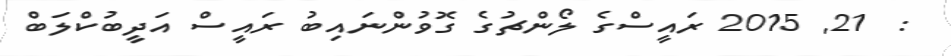
:  21